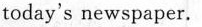
today's newspaper.